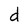
Character: d